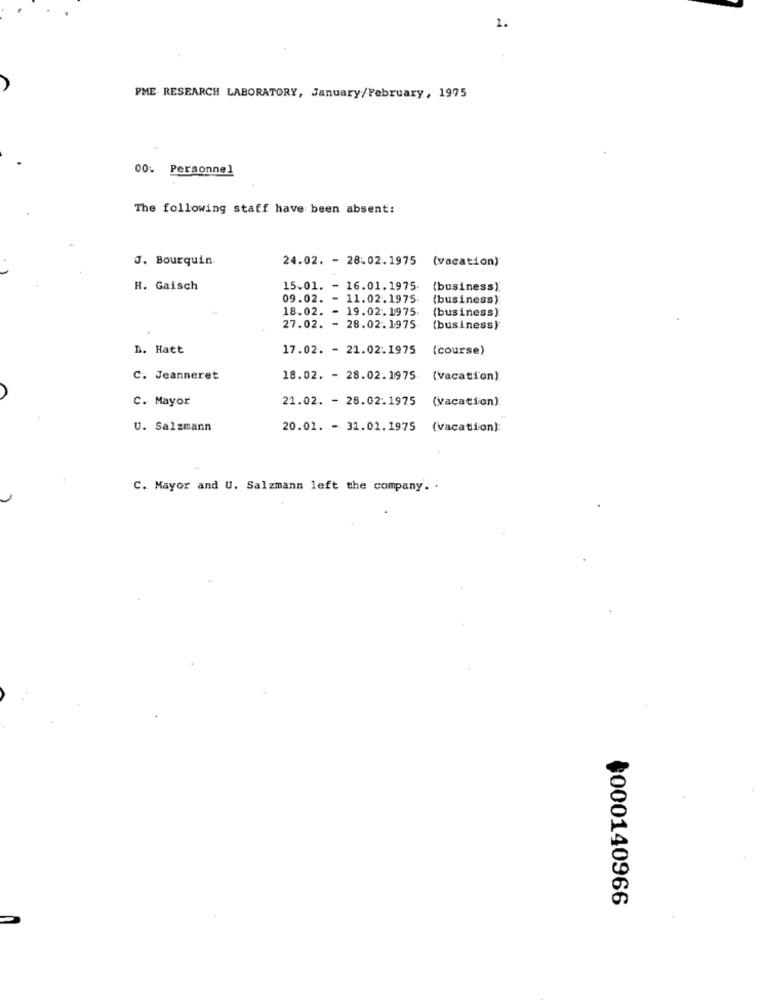
1.
PME RESEARCH LABORATORY, January/February, 1975
00
Personnel
The following staff have been absent:
J. Bourquin
24.02. - 28.02.1975
(vacation)
H. Gaisch
15.01. - 16.01.1975.
(business).
09.02. - 11.02.1975.
(business)
18.02. - 19.02.1975.
(business)
27.02. - 28.02.1975-
(business)
D. Hatt
17.02. - 21.02.1975
(course)
C. Jeanneret
18.02. - 28.02.1975.
(vacation)
C. Mayor
21.02. - 28.02.1975
(vacation)
U. Salzmann
20.01. - 31.01.1975 (vacation):
C. Mayor and U. Salzmann left the company. .
$000140966